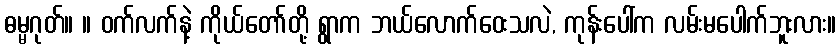
ဓမ္မဂုတ်။ ။ ဝက်လက်နဲ့ ကိုယ်တော်တို့ ရွာက ဘယ်လောက်ဝေးသလဲ, ကုန်းပေါ်က လမ်းမပေါက်ဘူးလား။